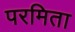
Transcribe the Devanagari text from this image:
परमिता